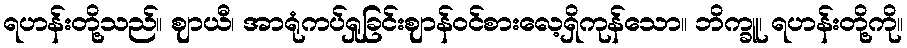
ရဟန်းတို့သည်။ ဈာယီ၊ အာရုံကပ်ရှုခြင်းဈာန်ဝင်စားလေ့ရှိကုန်သော။ ဘိက္ခူ၊ ရဟန်းတို့ကို။